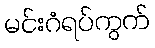
မင်းဂံရပ်ကွက်